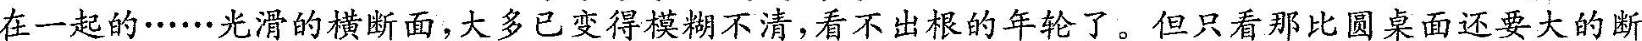
在一起的······光滑的横断面，大多已变得模糊不清，看不出根的年轮了。但只看那比圆桌面还要大的断